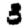
Digit: 3